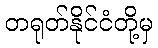
တရုတ်နိုင်ငံတို့မှ